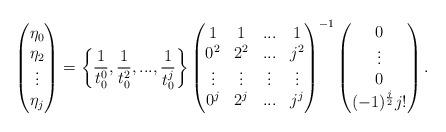
LaTeX: \begin{align*}\begin{pmatrix}\eta_0\\\eta_2\\\vdots\\\eta_j\end{pmatrix}=\bigg\{\frac{1}{t_0^0},\frac{1}{t_0^2},...,\frac{1}{t_0^{j}}\bigg\}\begin{pmatrix}1 & 1 & ... & 1\\0^2 & 2^2 &... & j^2\\\vdots & \vdots & \vdots & \vdots\\0^{j} & 2^j & ... & j^j\\\end{pmatrix}^{-1}\begin{pmatrix}0\\\vdots\\0\\(-1)^{\frac{j}{2}}j!\\\end{pmatrix}.\end{align*}